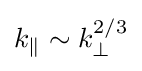
k_{\parallel }\sim k_{\perp }^{2/3}